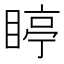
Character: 䁎